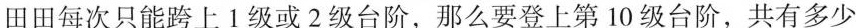
田田每次只能跨上1级或2级台阶，那么要登上第10级台阶，共有多少